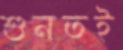
শুনতই